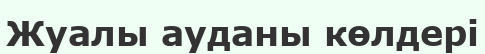
Жуалы ауданы көлдері